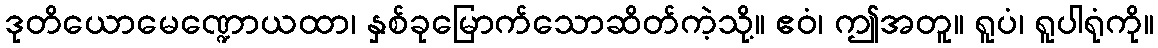
ဒုတိယောမေဏ္ဍောယထာ၊ နှစ်ခုမြောက်သောဆိတ်ကဲ့သို့။ ဧဝံ၊ ဤအတူ။ ရူပံ၊ ရူပါရုံကို။